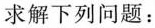
求解下列问题：